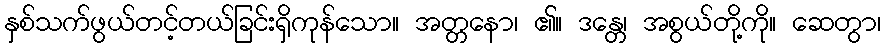
နှစ်သက်ဖွယ်တင့်တယ်ခြင်းရှိကုန်သော။ အတ္တနော၊ ၏။ ဒန္တေ၊ အစွယ်တို့ကို။ ဆေတွာ၊